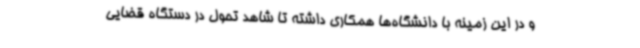
و در این زمینه با دانشگاه‌ها همکاری داشته تا شاهد تحول در دستگاه قضایی